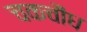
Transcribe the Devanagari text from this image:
चकचौंध